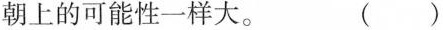
朝上的可能性一样大。 （）